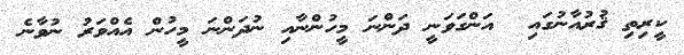
ކީރިތި ޤުރުއާނުގައި  އަންގަވަނީ ދަންނަ މީހުންނާއި ނުދަންނަ މީހުން އެއްވަރު ނުވާނެ